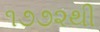
૧૭૭૨થી